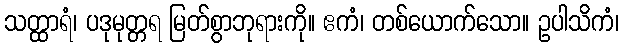
သတ္ထာရံ၊ ပဒုမုတ္တရ မြတ်စွာဘုရားကို။ ဧကံ၊ တစ်ယောက်သော။ ဥပါသိကံ၊